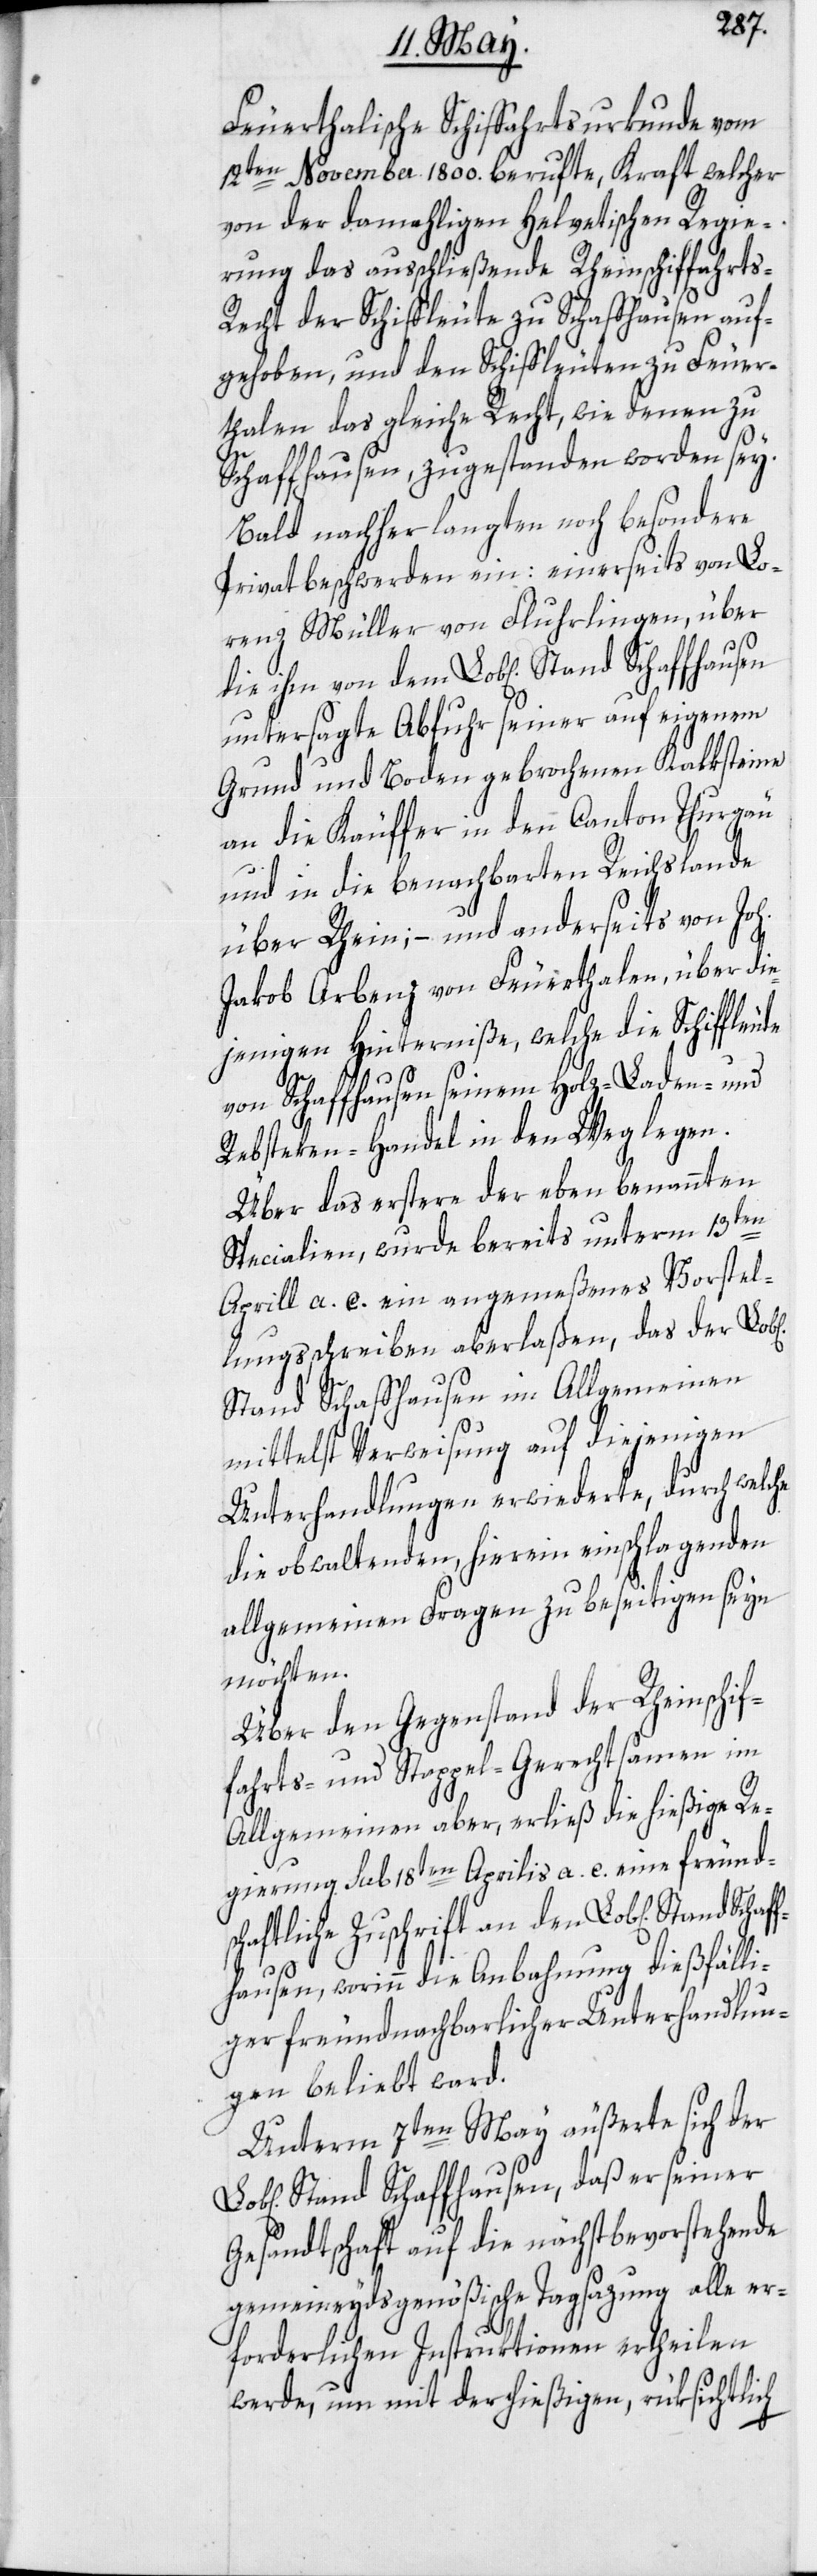
Schaf¬
Feuerthalische Schiffahrtsurkunde vom
12ten November 1800. berufte, Kraft welcher
von der damahligen Helvetischen Regie¬
rung das ausschließende Rheinschiffahrt¬
echt der Schiffleute zu Schaffhausen auf¬
gehoben, und den Schiffleuten zu Feuer¬
thalen das gleiche Recht, wie denen zu
Schaffhausen, zugestanden worden sey.
Bald nachher langten noch besondere
Privatbeschwerden ein: einerseits von Lo¬
renz Müller von Fluhrlingen, über
untersagte Abfuhr seiner auf eigenem
Grund und Boden gebrochenen Kalksteine
an die Käuffer in den Canton Thurgau
und in die benachbarten Reichslande
über Rhein; – und anderseits von Joh.
Jakob Arbenz von Feuerthalen, über die¬
jenigen Hinterniße, welche die Schiffleute
von Schaffhausen seinem Holz-[,] Laden- und
Rebsteken-Handel in den Weg legen.
Über das erstere, der eben benannten
Specialien, wurde bereits unterm 13ten
Aprill a. c. ein angemeßenes Vorstel¬
lungsschreiben aberlaßen, das der Lob[l¬
Stand Schaffhausen im Allgemeinen
mittelst Verweisung auf diejenigen
Unterhandlungen erwiederte, durch welche
die obwaltenden, hierein einschlagenden
allgemeinen Fragen zu beseitigen seyn
möchten.
Über den Gegenstand der Rheinschif¬
fahrts- und Stappel-Gerechtsamen im
Allgemeinen aber, erließ die hießige Re¬
gierung sub 18ten Aprilis a. c. eine freunds¬
chaftliche Zuschrift an den Lob[lichen] Stand
fhausen, worinn die Anbahnung dießfälli¬
ger freundnachbarlicher Unterhandlun¬
gen beliebt ward.
Unterm 7ten May äußerte sich der
Stand Schaffhausen, daß er seiner
Gesandtschaft auf die nächstbevorstehende
gemeineydsgenößische Tagsazung alle er¬
forderlichen Instruktionen ertheilen
werde, um mit der hießigen, rüksichtlich